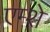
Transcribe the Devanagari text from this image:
एम्शे